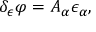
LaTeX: \delta _ { \epsilon } \varphi = A _ { \alpha } \epsilon _ { \alpha } ,